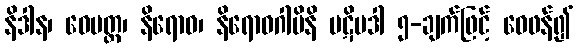
နိဒါန၊ ဝေမတ္တ၊ နိရောဓ၊ နိရောဓဂါမိနိ ပဋိပဒါ ၅-ချက်ဖြင့် ဝေဖန်၍